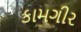
કામગીર